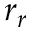
r _ { r }